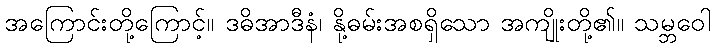
အကြောင်းတို့ကြောင့်။ ဒဓိအာဒီနံ၊ နို့ဓမ်းအစရှိသော အကျိုးတို့၏။ သမ္ဘဝေါ